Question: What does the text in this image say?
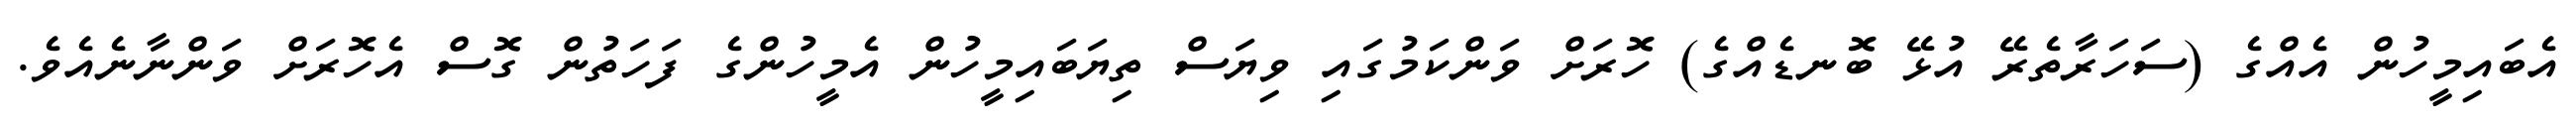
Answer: އެބައިމީހުން އެއްގެ (ސަހަރާތެރޭ އުޅޭ ބޮނޑެއްގެ) ހޮރަށް ވަންކަމުގައި ވިޔަސް ތިޔަބައިމީހުން އެމީހުންގެ ފަހަތުން ގޮސް އެހޮރަށް ވަންނާނެއެވެ.